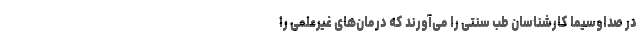
در صداوسیما کارشناسان طب سنتی را می‌آورند که درمان‌های غیرعلمی را